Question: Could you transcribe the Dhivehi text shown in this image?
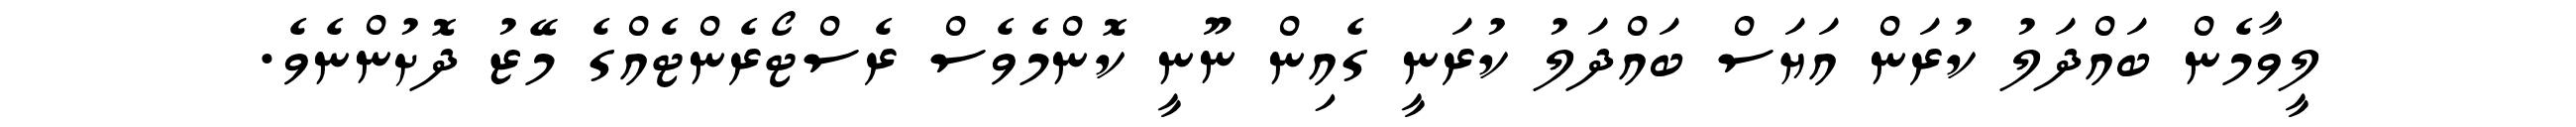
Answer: ލީވާމެން ބައްދަލު ކުރަން އަޔަސް ބައްދަލު ކުރަނީ ގެއިން ނޫނީ ކޮންމެވެސް ރެސްޓޯރެންޓެއްގެ މޭޒު ދޮށުންނެވެ.